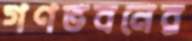
গণভবনের